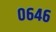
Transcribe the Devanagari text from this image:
०६४६